Leaving Certificate Examination (including Day School Certificate (Higher) General paper), 1936
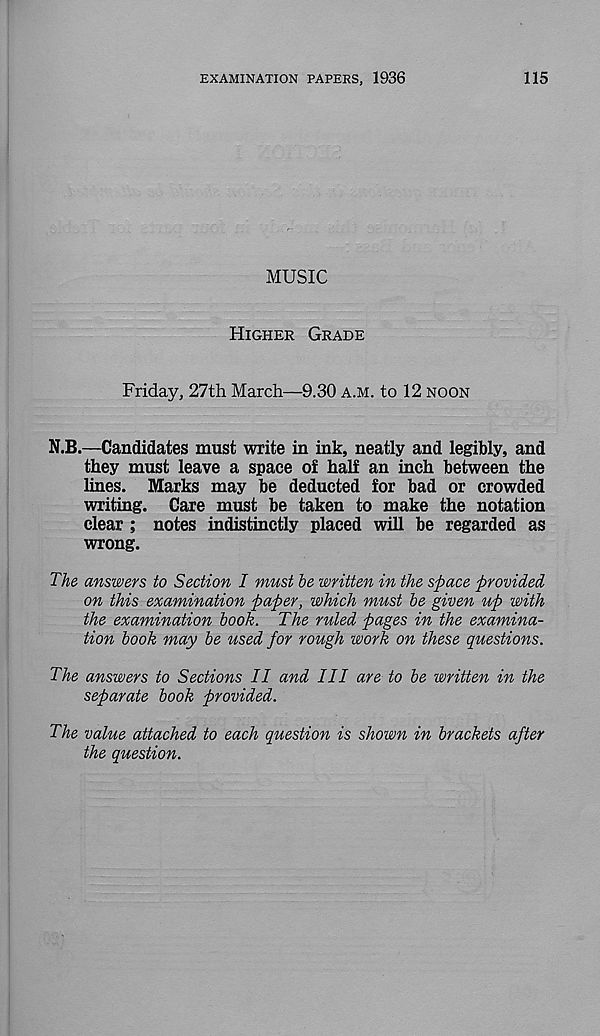
EXAMINATION PAPERS, 1936
115
MUSIC
Higher Grade
Friday, 27th March—9.30 a.m. to 12 noon
N.B.—Candidates must write in ink, neatly and legibly, and
they must leave a space of half an inch between the
lines. Marks may be deducted for bad or crowded
writing. Care must be taken to make the notation
clear ; notes indistinctly placed will be regarded as
wrong.
The answers to Section I must be written in the space provided
on this examination paper, which must be given up with
the examination book. The ruled pages in the examina-
tion book may be used for rough work on these questions.
The answers to Sections II and III are to be written in the
separate book provided.
The value attached to each question is shown in brackets after
the question.